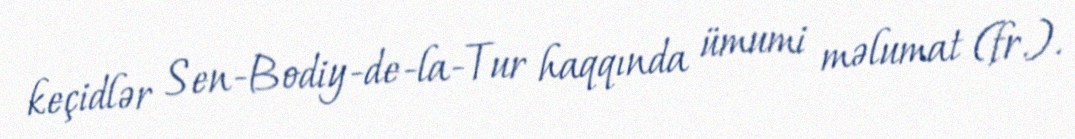
keçidlər Sen-Bodiy-de-la-Tur haqqında ümumi məlumat (fr.).